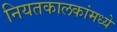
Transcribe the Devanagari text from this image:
नियतकालकांमध्ये